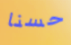
حسنا